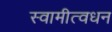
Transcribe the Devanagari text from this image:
स्वामीत्वधन